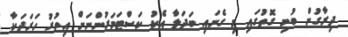
ދިރާގުން ބުނި ގޮތުގައި މި ގެނައި ބަދަލާ އެކު ކަސްޓަމަރުންނަށް އިތުރު ހަރަދަކާ